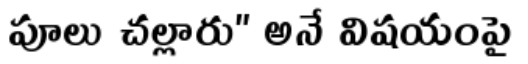
పూలు చల్లారు" అనే విషయంపై